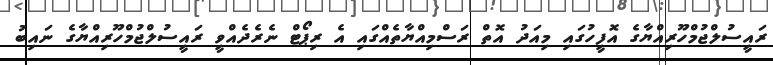
ރައީސުލްޖުމްހޫރިއްޔާގެ އޮފީހުގައި މިއަދު އޮތް ރަސްމިއްޔާތެއްގައި އެ ރިޕޯޓް ނެރެދެއްވީ ރައީސުލްޖުމްހޫރިއްޔާގެ ނައިބު